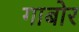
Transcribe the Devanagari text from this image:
गाबोर